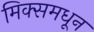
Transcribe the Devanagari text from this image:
मिक्समधून